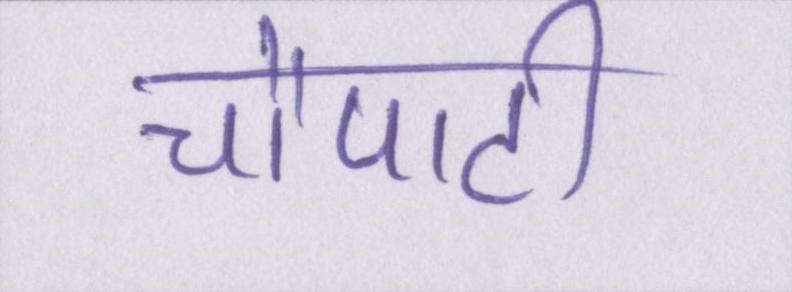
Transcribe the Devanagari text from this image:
चौपाटी